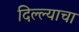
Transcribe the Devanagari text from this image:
दिल्ल्याचा